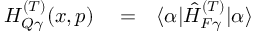
\begin{array} { r l r } { H _ { Q \gamma } ^ { ( T ) } ( x , p ) } & { { } = } & { \langle \alpha | \hat { H } _ { F \gamma } ^ { ( T ) } | \alpha \rangle } \end{array}